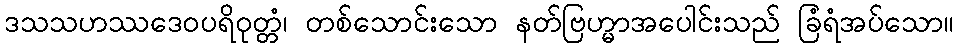
ဒသသဟဿဒေဝပရိဝုတ္တံ၊ တစ်သောင်းသော နတ်ဗြဟ္မာအပေါင်းသည် ခြံရံအပ်သော။